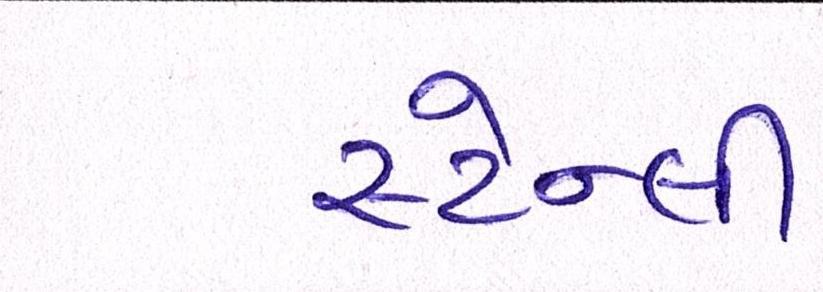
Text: સ્ટેન્લી